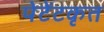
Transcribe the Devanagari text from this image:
पेटेंटकृत